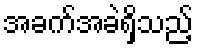
အခက်အခဲရှိသည့်